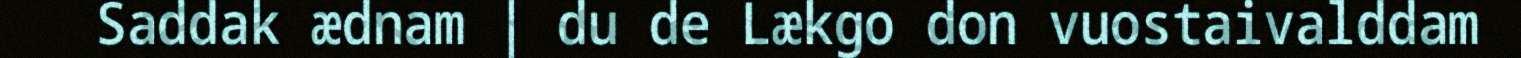
Saddak ædnam | du de Lækgo don vuostaivalddam